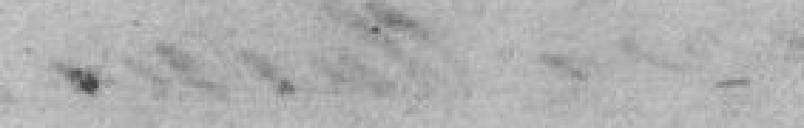
.